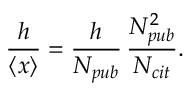
\frac { h } { \left\langle { x } \right\rangle } = \frac { h } { N _ { p u b } } \, \frac { N _ { p u b } ^ { 2 } } { N _ { c i t } } .